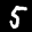
Label: 5